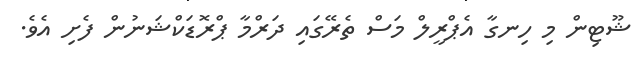
ޝޫޓިން މި ހިނގާ އެޕްރީލް މަސް ތެރޭގައި ދަރްމާ ޕްރޮޑަކްޝަނުން ފެށި އެވެ.